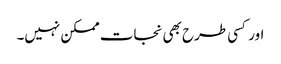
اور کسی طرح بھی نجات ممکن نہیں۔